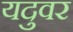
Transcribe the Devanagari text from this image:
यदुवर